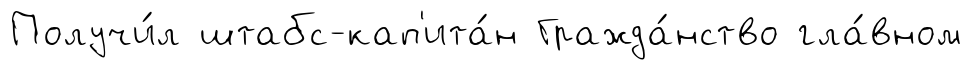
Получи́л штабс-кап'ита́н Гражда́нство гла́вном